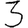
Digit: 3